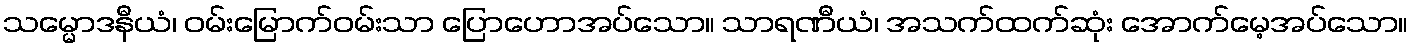
သမ္မောဒနီယံ၊ ဝမ်းမြောက်ဝမ်းသာ ပြောဟောအပ်သော။ သာရဏီယံ၊ အသက်ထက်ဆုံး အောက်မေ့အပ်သော။